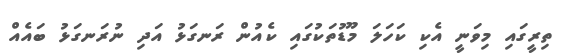
ތިރީގައި މިވަނީ އެކި ކަހަލަ މޫޑުތަކުގައި ކެއުން ރަނގަޅު އަދި ނުރަނގަޅު ބައެއް